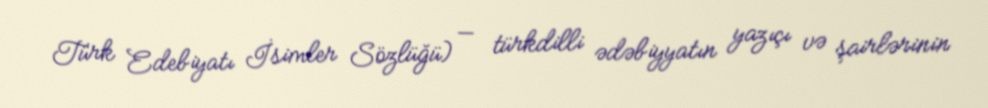
Türk Edebiyatı İsimler Sözlüğü) — türkdilli ədəbiyyatın yazıçı və şairlərinin